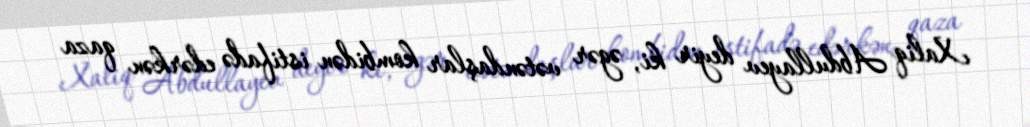
Xaliq Abdullayev deyir ki, əgər vətəndaşlar kombidən istifadə edərkən qaza